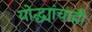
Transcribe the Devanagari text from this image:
योद्ध्यांचाही